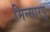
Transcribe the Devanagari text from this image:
मिन्सारपू